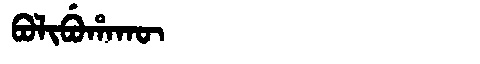
Manchu: ᠪᠣᠯᡳᠪᡠᡥᠠᡴᡡ
Romanization: BOLIBUHAKŪ